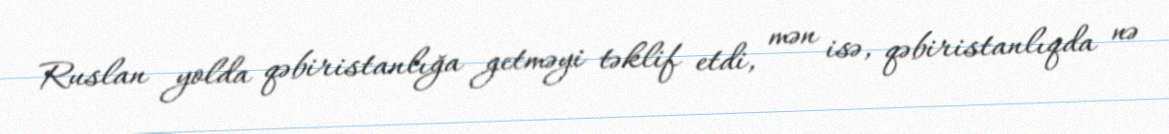
Ruslan yolda qəbiristanlığa getməyi təklif etdi, mən isə, qəbiristanlıqda nə